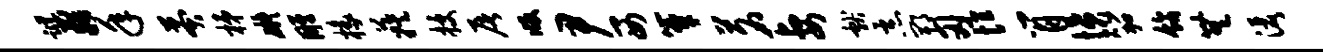
踪藉年莽梯碍雕椽蔟授屠版尹西簟茗妻献恶郫刃恒肖愤笳饰无洒